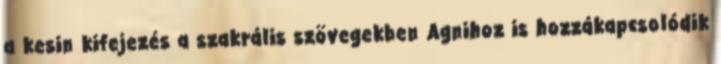
a kesin kifejezés a szakrális szövegekben Agnihoz is hozzákapcsolódik